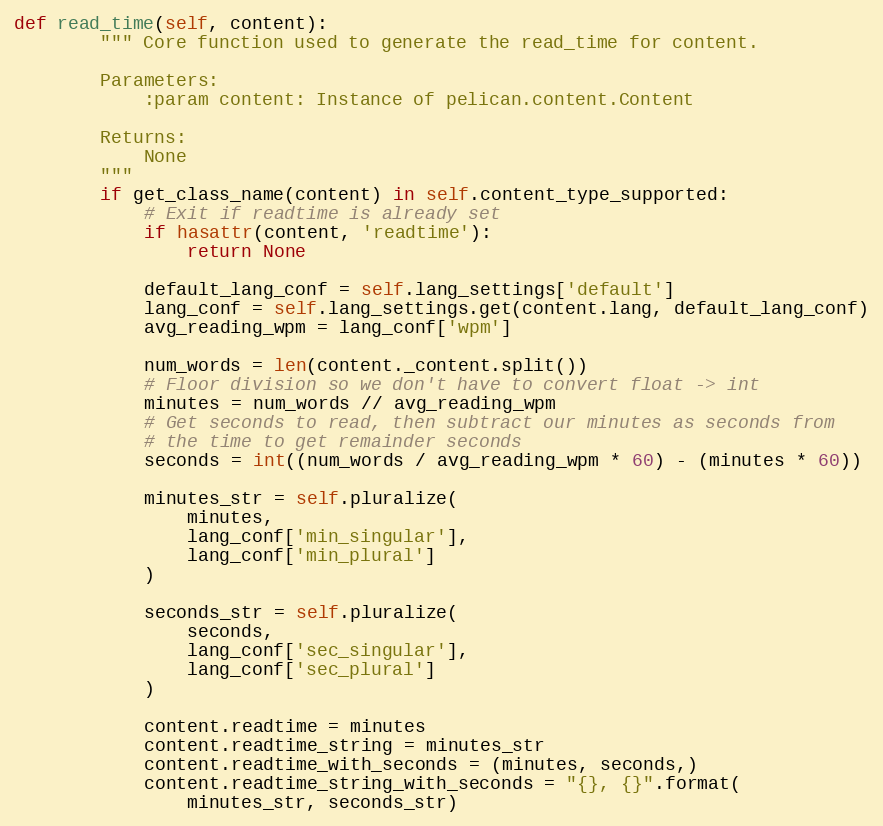
Language: Python
def read_time(self, content):
        """ Core function used to generate the read_time for content.

        Parameters:
            :param content: Instance of pelican.content.Content

        Returns:
            None
        """
        if get_class_name(content) in self.content_type_supported:
            # Exit if readtime is already set
            if hasattr(content, 'readtime'):
                return None

            default_lang_conf = self.lang_settings['default']
            lang_conf = self.lang_settings.get(content.lang, default_lang_conf)
            avg_reading_wpm = lang_conf['wpm']

            num_words = len(content._content.split())
            # Floor division so we don't have to convert float -> int
            minutes = num_words // avg_reading_wpm
            # Get seconds to read, then subtract our minutes as seconds from
            # the time to get remainder seconds
            seconds = int((num_words / avg_reading_wpm * 60) - (minutes * 60))

            minutes_str = self.pluralize(
                minutes,
                lang_conf['min_singular'],
                lang_conf['min_plural']
            )

            seconds_str = self.pluralize(
                seconds,
                lang_conf['sec_singular'],
                lang_conf['sec_plural']
            )

            content.readtime = minutes
            content.readtime_string = minutes_str
            content.readtime_with_seconds = (minutes, seconds,)
            content.readtime_string_with_seconds = "{}, {}".format(
                minutes_str, seconds_str)